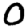
Digit: 0